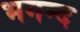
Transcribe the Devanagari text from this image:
भगन्द